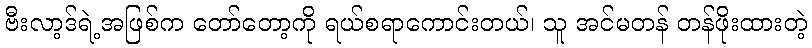
ဗီးလာ့ဒ်ရဲ့အဖြစ်က တော်တော့ကို ရယ်စရာကောင်းတယ်၊ သူ အင်မတန် တန်ဖိုးထားတဲ့